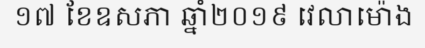
១៧ ខែឧសភា ឆ្នាំ២០១៩ វេលាម៉ោង